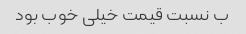
ب نسبت قیمت خیلی خوب بود